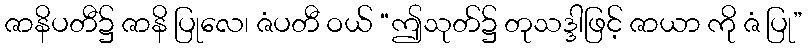
ဇာနိပတီ၌ ဇာနိ ပြုလေ၊ ဇံပတီ ဝယ် “ဤသုတ်၌ တုသဒ္ဒါဖြင့် ဇာယာ ကို ဇံ ပြု”